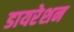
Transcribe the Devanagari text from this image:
डायरेशन